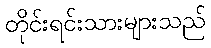
တိုင်းရင်းသားများသည်